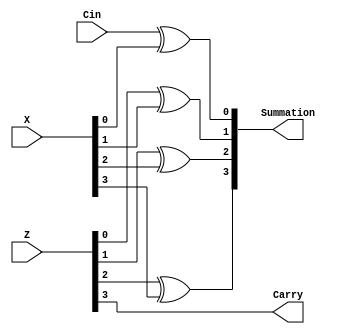
`timescale 1ns / 1ps
//////////////////////////////////////////////////////////////////////////////////
// Company: 
// Engineer: 
// 
// Design Name: 
// Module Name: summation_xor
// Project Name: 
// Target Devices: 
// Tool Versions: 
// Description: 
// 
// Dependencies: 
// 
// Revision:
// Revision 0.01 - File Created
// Additional Comments:
// 
//////////////////////////////////////////////////////////////////////////////////


module summation_xor(Cin, Z, X, Summation, Carry);

    input [3:0] Z, X;
    input Cin;
    output [3:0] Summation;
    output Carry;

    assign Summation[0] = Cin ^ X[0];
    assign Summation[1] = Z[0] ^ X[1];
    assign Summation[2] = Z[1] ^ X[2];
    assign Summation[3] = Z[2] ^ X[3];
        
    assign Carry = Z[3];    
endmodule